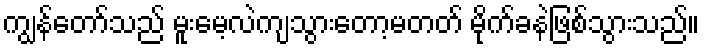
ကျွန်တော်သည် မူးမေ့လဲကျသွားတော့မတတ် မိုက်ခနဲဖြစ်သွားသည်။